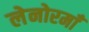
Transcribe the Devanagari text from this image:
लेनोरमाँ